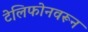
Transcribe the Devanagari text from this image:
टेलिफोनवरून